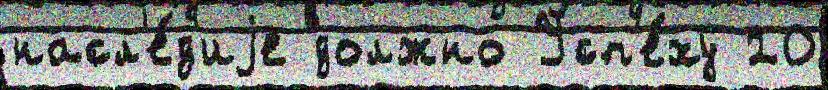
насл'е́д'иjе должно Усп'е́ху 20